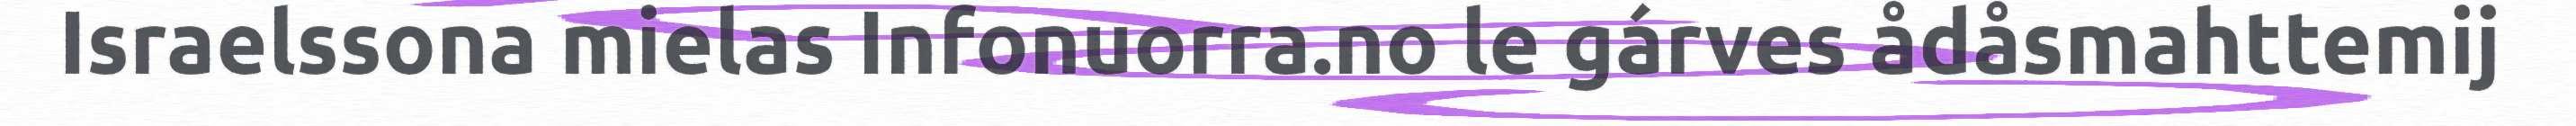
Israelssona mielas Infonuorra.no le gárves ådåsmahttemij